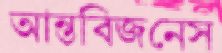
আন্তবিজনেস